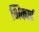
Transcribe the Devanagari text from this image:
भिकाई